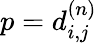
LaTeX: p=d_{i,j}^{(n)}